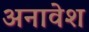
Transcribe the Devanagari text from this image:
अनावेश